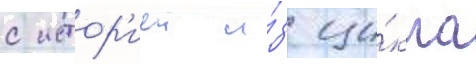
с истор'иеи и́з ци́кла